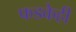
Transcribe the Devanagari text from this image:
फडकेही